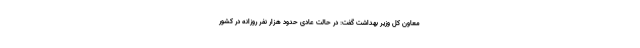
معاون کل وزیر بهداشت گفت: در حالت عادی حدود هزار نفر روزانه در کشور